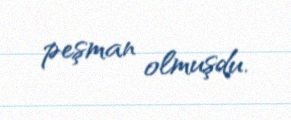
peşman olmuşdu.